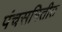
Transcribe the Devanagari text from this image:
पंचसमितीत